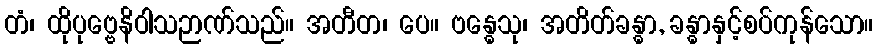
တံ၊ ထိုပုဗ္ဗေနိဝါသဉာဏ်သည်။ အတီတ၊ ပေ။ ဗန္ဓေသု၊ အတိတ်ခန္ဓာ, ခန္ဓာနှင့်စပ်ကုန်သော။